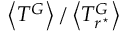
\left< T ^ { G } \right> / \left< T _ { r ^ { \star } } ^ { G } \right>